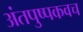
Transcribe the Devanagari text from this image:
अंतपुष्पकवच